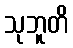
သုဘူတိ